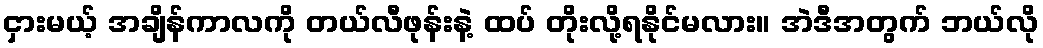
ငှားမယ့် အချိန်ကာလကို တယ်လီဖုန်းနဲ့ ထပ် တိုးလို့ရနိုင်မလား။ အဲဒီအတွက် ဘယ်လို